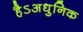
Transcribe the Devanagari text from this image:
हैऽअधुनिक